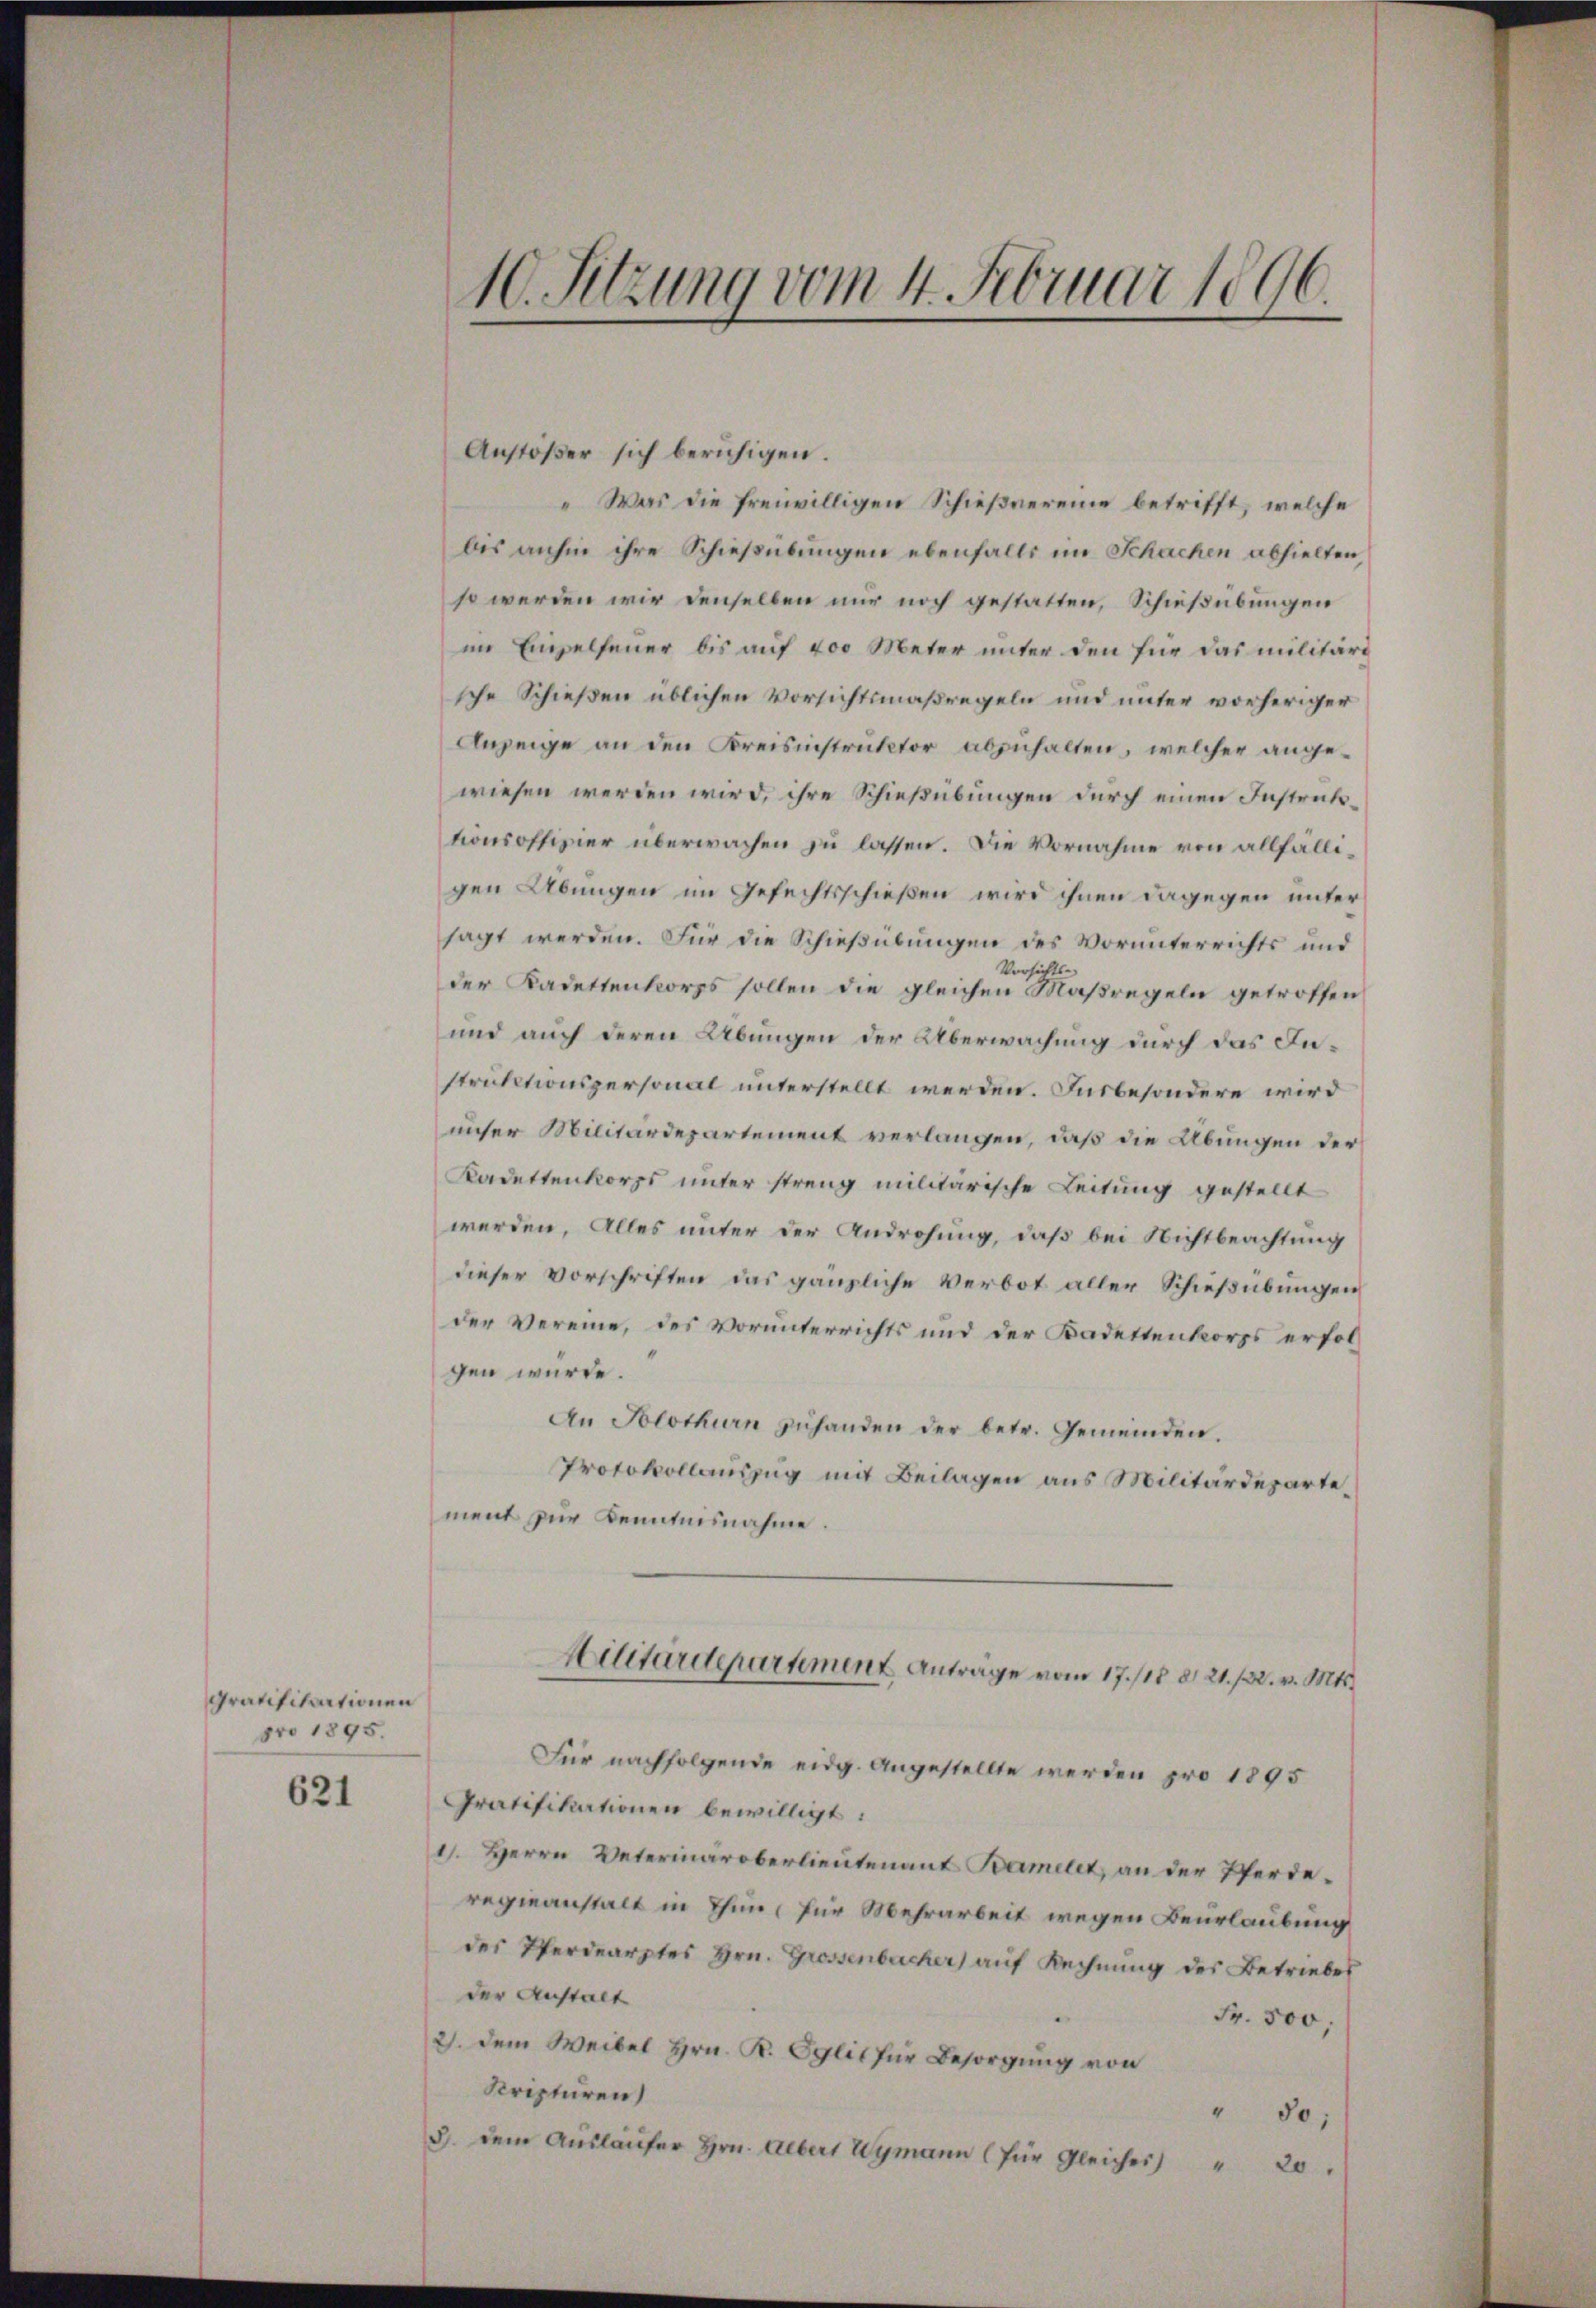
Gratifikationen
pro 1895.
621

Anstoßer sich beruhigen.
 Was die freiwilligen Schießnereine betrifft, welche
bis anhin ihre Schießübungen ebenfalls im Schachen abhielten,
so werden wir denselben nur noch gestatten, Schießübungen
im Einzelfeuer bis auf 400 Meter unter den für das militär
sche Schießen üblichen Vorsichtsmaßregeln und unter vorheriger
Anzeige an den Kreisinstruktor abzuhalten, welcher angewiesen werden wird, ihre Schießübungen durch einen Instruktionsoffizier überwachen zu lassen. Die Vornahme von allfälligen Übungen im Gefechtsschießen wird ihnen dagegen unter
sagt werden. Für die Schießübungen des Vorunterrichts und
Vorsichts-
der Kadettenkorps sollen die gleichen Maßregeln getroffen
und auch deren Übungen der Überwachung durch das Instruktionspersonal unterstellt werden. Insbesondere wird
unser Militärdepartement verlangen, daß die Übungen der
Kadettenkorps unter streng militärische Leitung gestellt
werden. Alles unter der Androhung, daß bei Nichtbeachtung
dieser Vorschriften das gänzliche Verbot aller Schießübungen
der Vereine, des Vorunterrichts und der Kadettenkorps erfolgen würde.
An Solothurn zŭ handen der betr. Gemeinden.
Protokollauszug mit Beilagen aus Militärdepartement zur Kenntnisnahme.
Militärdepartement Anträge vom 17./18. d. 21. 122. v. Mts.
Für nachfolgende eidg. Angestellte werden pro 1895
Gratifikationen bewilligt:
1. Herrn Veterinaroberlieutenant Bamelet, an der Pferderegieanstalt in Thun, für Mehrarbeit wegen Beurlaubung
des Pferdearztes Hrn. Grossenbacher auf Rechnung des Betriebes
der Anstalt
Fr. 500,
2. dem Weibel Hrn. R. Eglit für Besorgung von
Krepturen
" 50;
8. dem Aŭsläufer Hrn. Albert Wymann (für Gleicher " 20.

10. Sitzung vom 4. Februar 1896.